Annual administration report of the Civil Veterinary Department of India - 1894-1895
Year: 1894
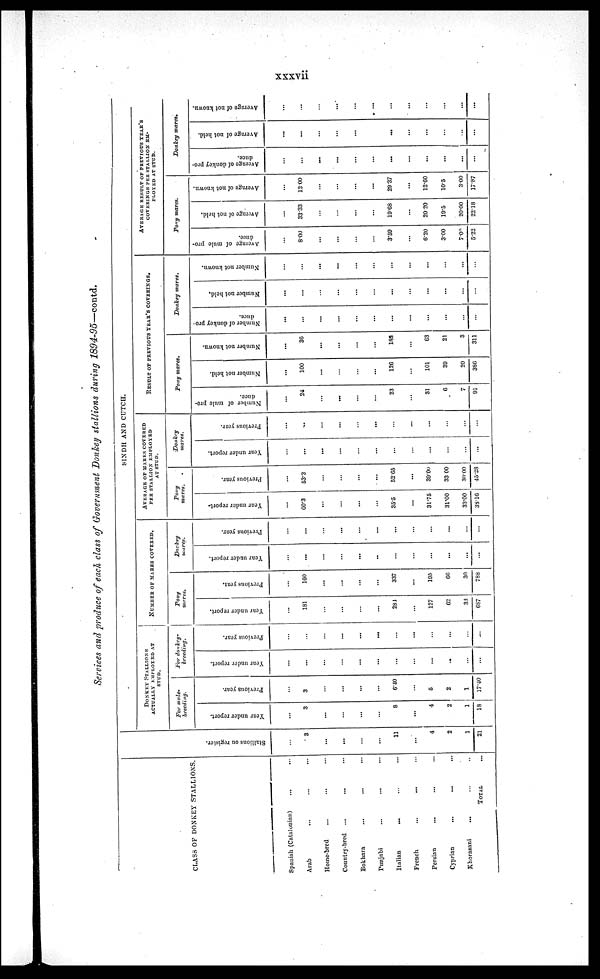
xxxvii
Services and produce of each class of Government Donkey stallions during
1894-95—contd.
CLASS OF DONKEY STALLIONS.
Spanish (Catalonian)
...
...
Arab
...
...
...
Home-bred... ... ...
Country-bred...
... ...
Bokhara
...
... ...
Punjabi
...
... ...
Italian... ... ...
French
...
... ...
Persian... ... ...
Cyprian...
...
...
Khorasani... ... ...
TOTAL
...
St al l
i
ons on register.
...
3
...
...
...
...
11
...
4
2
1
21
SINDH AND CUTCH.
DONKEY STALLIONS
ACTUALLY EMPLOYED AT
STUD.
For mule¬
breeding.
Year under report.
...
3
...
...
...
...
8
...
4
2
1
18
Previous year.
...
3
...
...
...
...
6.40
...
5
2
1
17.40
For donkey¬
breeding.
Year under report.
...
...
...
...
...
...
...
...
...
...
...
...
Previous year.
...
...
...
...
...
...
...
...
...
...
...
...
NUMBER OF MARES COVERED.
Pony
mares.
Year under report.
...
181
...
...
...
...
284
...
127
62
33
687
Previous year.
...
160
...
...
...
...
337
...
195
66
30
788
Donkey
mares.
Year under report.
...
...
...
...
...
..
...
...
...
...
...
...
Previous year.
...
...
...
...
...
...
...
...
...
...
...
...
AVERAGE OF MARKS COVERED
PER STALLION EMPLOYED
AT STUD.
Pony
mares.
Year under report
...
60.3
...
...
...
...
35.5
...
31.75
31.00
33.00
38.16
Previous year.
...
53.3
...
...
...
...
52.65
...
39.00
33.00
30.00
45.28
Donkey
mares.
Year under report.
...
...
...
...
...
...
...
...
...
...
...
...
Previous year.
...
...
...
...
...
...
...
...
...
...
...
...
RESULT
OF
PREVIOUS
YEAR'S
COVERINGS.
Pony mares.
Number of mule pro-
duce.
...
24
...
...
...
...
23
...
31
...
7
91
Number not held.
...
100
...
...
...
...
126
...
101
39
20
386
Number not known.
...
36
...
...
...
...
188
...
63
21
3
311
Donkey mares.
Number of donkey pro
duce.
...
...
...
...
...
...
...
...
...
...
...
...
Number not held.
...
...
...
...
...
...
...
...
...
...
...
...
Number not known.
...
...
...
...
...
...
...
...
...
...
...
...
AVERAGE RESULT OF PREVIOUS YEAR'S
COVERINGS PER STALLION EM¬
PLOYED AT STUD.
Pony mares.
Average of mule pro
duee.
...
8.00
...
...
...
...
3.59
...
6.20
3.00
7.00
5.22
Average of not held.
...
33.33
...
...
...
...
19.68
...
20.20
19.5
20.00
22.18
Average of not known.
...
12.00
...
...
...
...
29.37
...
12.60
10.5
3.00
17.87
Donkey mares..
Average of donkey pro
duce.
...
...
...
...
...
...
...
...
...
...
...
...
Average of not held.
...
...
...
...
...
...
...
...
...
...
...
...
Average of not known.
...
...
...
...
...
...
...
...
...
...
...
...